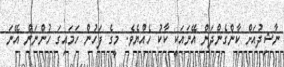
ނާޝިދުއަށް ކާންގެންދަން އޭނައަކީ ކާކު ހެއްޔެވެ. މީގެ ފަހުން ހަމައިގަ ހުންނަން އޭނަ